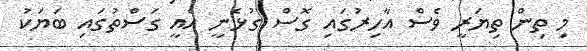
މި ތިން ތިޔަރީ ވެސް އާހިރުގައި ގޮސް ގުޅެނީ އެއީ ގަސްތުގައި ބަޔަކު